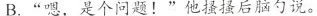
B.”嗯，是个问题！”他后脑勺说。